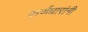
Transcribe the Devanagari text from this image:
कर्णधारांनी